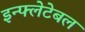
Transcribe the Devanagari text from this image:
इन्फ्लेटेबल